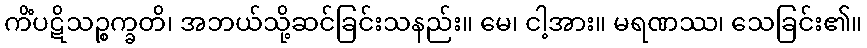
ကိံပဋိသဉ္စက္ခတိ၊ အဘယ်သို့ဆင်ခြင်းသနည်း။ မေ၊ ငါ့အား။ မရဏဿ၊ သေခြင်း၏။